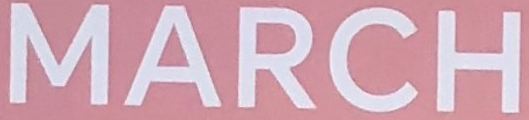
MARCH